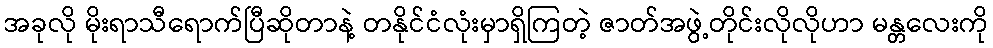
အခုလို မိုးရာသီရောက်ပြီဆိုတာနဲ့ တနိုင်ငံလုံးမှာရှိကြတဲ့ ဇာတ်အဖွဲ့တိုင်းလိုလိုဟာ မန္တလေးကို